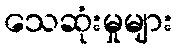
သေဆုံးမှုများ